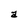
Character: a